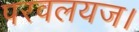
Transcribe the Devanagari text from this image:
परवलयज।